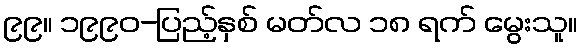
၉၉။ ၁၉၉၀-ပြည့်နှစ် မတ်လ ၁၈ ရက် မွေးသူ။